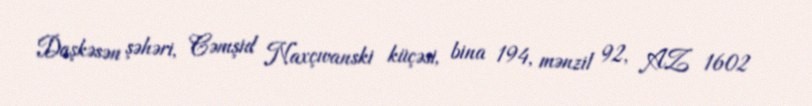
Daşkəsən şəhəri, Cəmşid Naxçıvanski küçəsi, bina 194, mənzil 92, AZ 1602